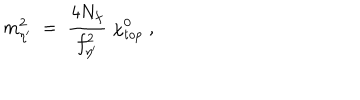
LaTeX: m _ { \eta ^ { \prime } } ^ { 2 } \; = \; \frac { 4 N _ { f } } { f _ { \eta ^ { \prime } } ^ { 2 } } \; \chi _ { t o p } ^ { 0 } \; ,